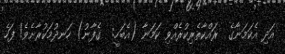
އަދި އެކަމަނާގެ  ރައްކާތެރިކުރެއްވި ކަމަނާ (އެބަހީ:  ގެފާނު) ހަނދުމަކުރާށެވެ! ފަހެ